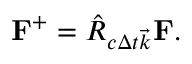
\mathbf { F } ^ { + } = \hat { R } _ { c \Delta t \vec { k } } \mathbf { F } .